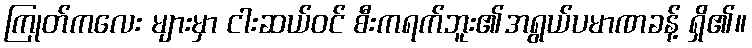
ကြုတ်ကလေး များမှာ ငါးဆယ်ဝင် စီးကရက်ဘူး၏အရွယ်ပမာဏခန့် ရှိ၏။